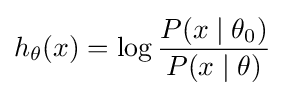
h_{\theta }(x)=\log {\frac {P(x\mid \theta _{0})}{P(x\mid \theta )}}